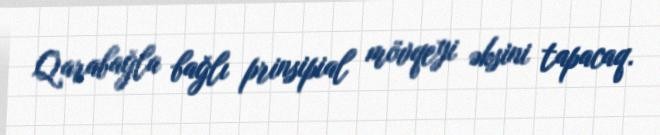
Qarabağla bağlı prinsipial mövqeyi əksini tapacaq.